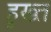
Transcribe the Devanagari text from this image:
हुख्त